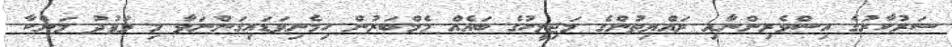
ސަރުކާރުގެ އިސްވެރިންނާއި ރައްޔިތުންގެ މަޖިލީހުގެ ބައެއް މެމްބަރުން ހިމެނިވަޑައިގަންނަވާ މި ވަފުދު ލަންކާ